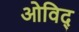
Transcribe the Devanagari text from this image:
ओविद्